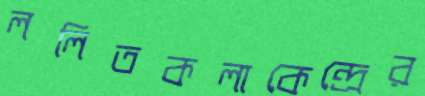
ললিতকলাকেন্দ্রের